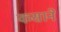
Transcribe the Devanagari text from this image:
कसाने